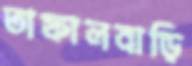
তাফালবাড়ি